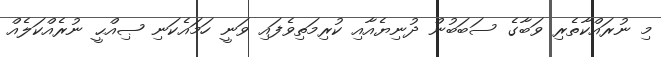
މި ނުރައްކާތެރި ވަބާގެ ސަބަބުން ދުނިޔެއާއި ކުރިމަތިވެފައި ވަނީ ހަމައެކަނި ޞިއްޙީ ނުރެއްކަލެއް